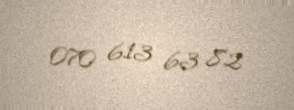
070 613 63 82